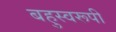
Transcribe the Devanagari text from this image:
बहुस्वरूपी